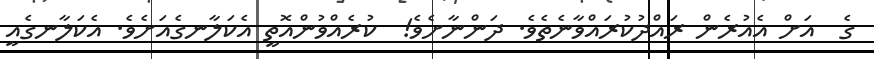
ގެ  އަށް އެއުރެން ރައްދުކުރައްވާނެތެވެ. ދަންނާށެވެ!  ކުރެއްވުންއޮތީ އެކަލާނގެއަށެވެ. އެކަލާނގެއީ